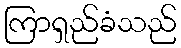
ကြာရှည်ခံသည်